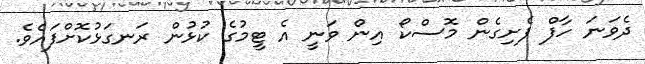
ދެވަނަ ހާފް ފެށިގެން މޮސްކޯ އިން ވަނީ އެ ޓީމުގެ ކުޅުން ރަނގަޅުކޮށްފައެވެ.